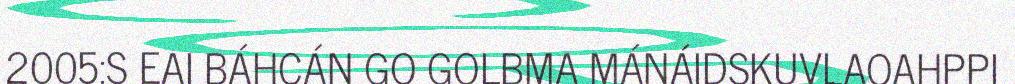
2005:S EAI BÁHCÁN GO GOLBMA MÁNÁIDSKUVLAOAHPPI